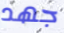
جهد